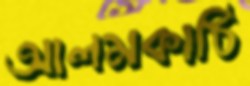
আলমকাঠি